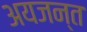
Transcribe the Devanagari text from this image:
अयजन्त